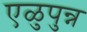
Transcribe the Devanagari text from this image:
एळुपुन्न